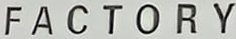
F a c t o r y